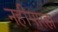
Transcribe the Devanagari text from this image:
नहींपारहा